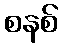
စနစ်